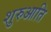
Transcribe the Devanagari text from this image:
शुरुआति